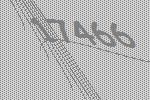
17466